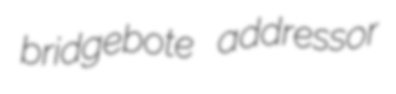
bridgebote addressor